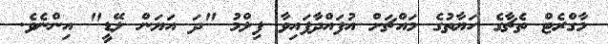
މާގްރެޓް ތެޗާގެ ހަޔާތުގެ މައްޗަށް އުފައްދާފައިވާ ފިލްމު "ދަ އަޔަން ލޭޑީ" އިންނެވެ.